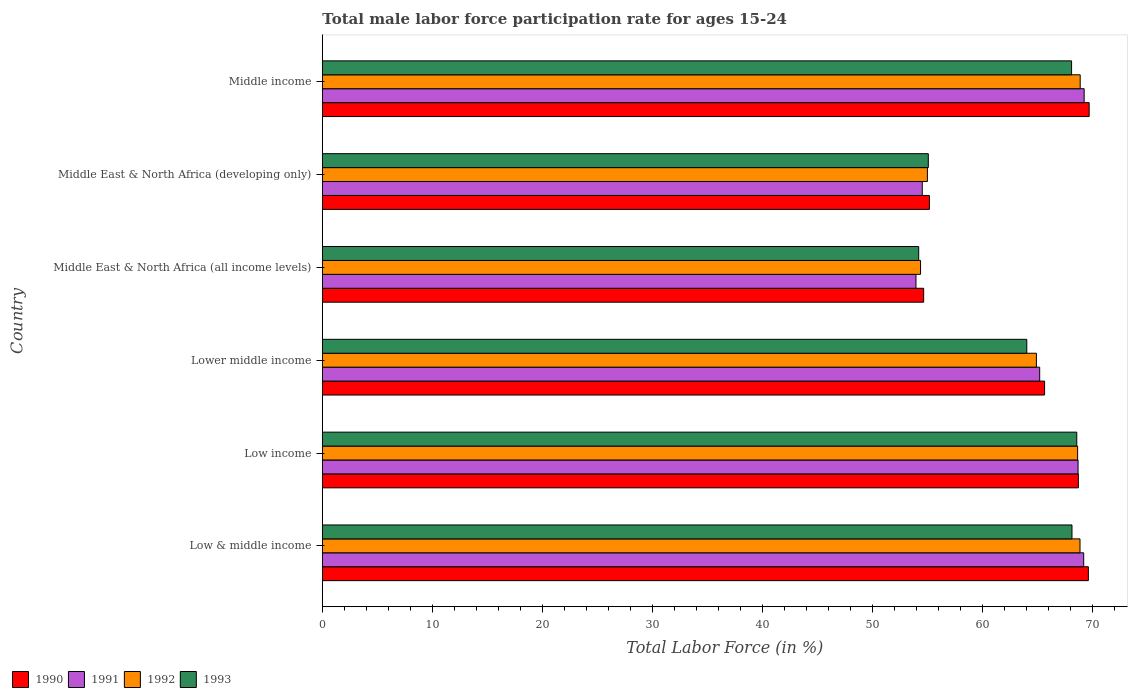
| Country | 1990 | 1991 | 1992 | 1993 |
 | --- | --- | --- | --- | --- |
 | Low & middle income | 69.6 | 69.2 | 68.8 | 68.1 |
 | Low income | 68.7 | 68.7 | 68.6 | 68.5 |
 | Lower middle income | 65.6 | 65.2 | 64.9 | 64 |
 | Middle East & North Africa (all income levels) | 54.6 | 53.9 | 54.3 | 54.2 |
 | Middle East & North Africa (developing only) | 55.2 | 54.5 | 55 | 55.1 |
 | Middle income | 69.7 | 69.2 | 68.9 | 68.1 |